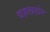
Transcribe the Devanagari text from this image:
वहलाहोर